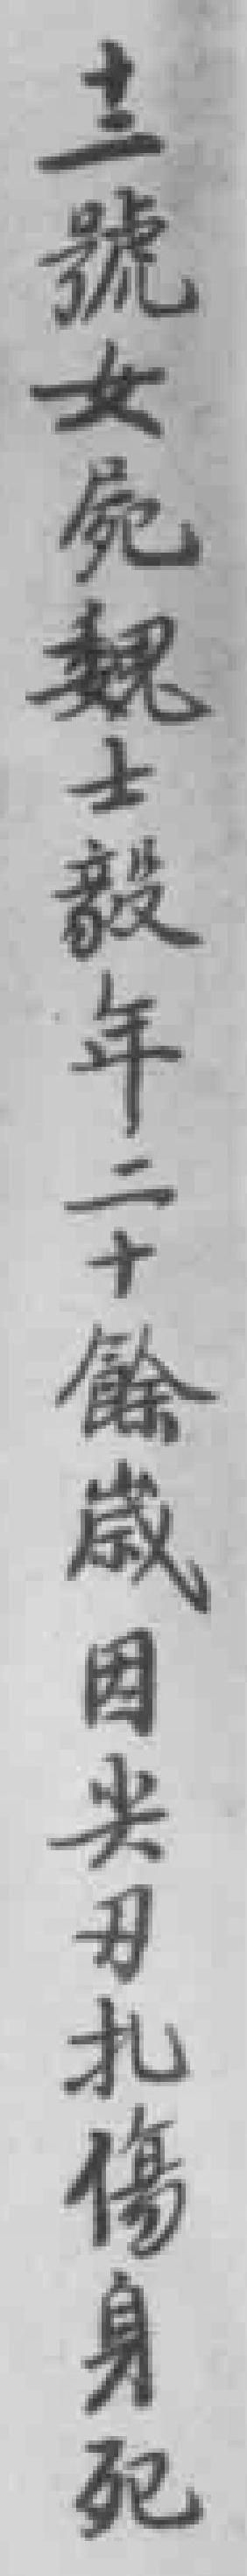
十二號女屍魏士毅年二十餘歲因尖刃扎傷身死